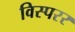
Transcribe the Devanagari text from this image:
विस्परर